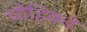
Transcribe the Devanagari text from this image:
चोहिकडे